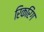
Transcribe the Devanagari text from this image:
रिकरिंग